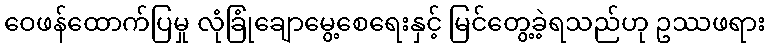
ဝေဖန်ထောက်ပြမှု လုံခြုံချောမွေ့စေရေးနှင့် မြင်တွေ့ခဲ့ရသည်ဟု ဥဿဖရား